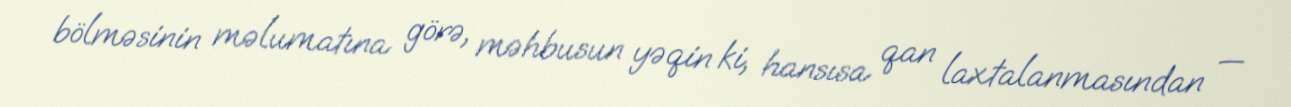
bölməsinin məlumatına görə, məhbusun yəqin ki, hansısa qan laxtalanmasından —